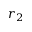
r _ { 2 }